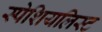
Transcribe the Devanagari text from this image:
स्पेशियलिस्ट